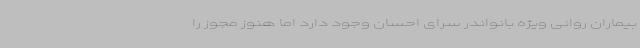
بیماران روانی ویژه بانواندر سرای احسان وجود دارد اما هنوز مجوز را